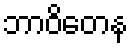
ဘာဝိတေန